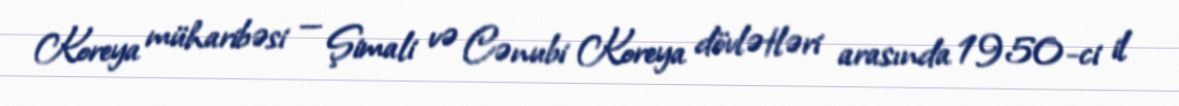
Koreya müharibəsi — Şimali və Cənubi Koreya dövlətləri arasında 1950-ci il